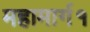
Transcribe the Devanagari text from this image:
महामार्ग१